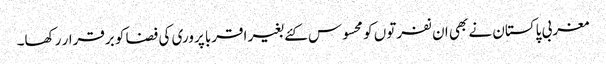
مغربی پاکستان نے بھی ان نفرتوں کو محسوس کئے بغیر اقربا پروری کی فضا کو برقرار رکھا۔